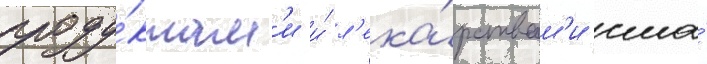
проду́ктам'и и́ л'ека́рствам'и сша́